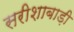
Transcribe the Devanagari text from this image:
सरीशाबाड़ी